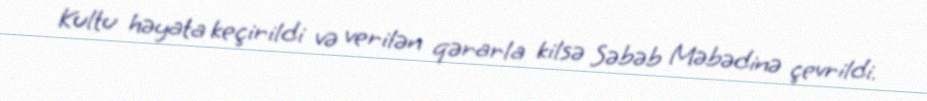
Kultu həyata keçirildi və verilən qərarla kilsə Səbəb Məbədinə çevrildi.